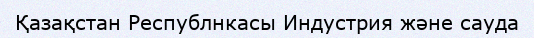
Қазақстан Республнкасы Индустрия және сауда